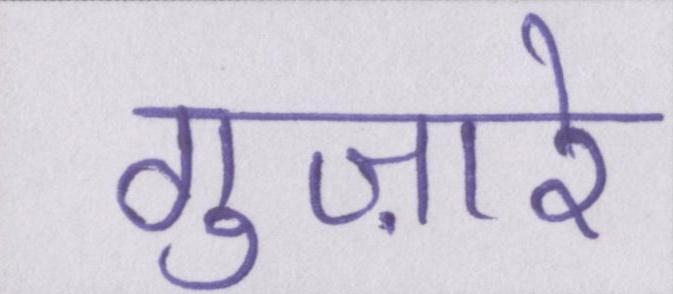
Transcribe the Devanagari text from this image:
गुज़ारे